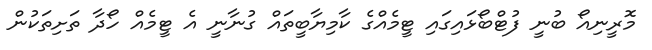
މޮރީނިއޯ ބުނީ ފުޓްބޯޅައިގައި ޓީމެއްގެ ކާމިޔާބީތައް ގުނާނީ އެ ޓީމެއް ހޯދާ ތަށިތަކުން